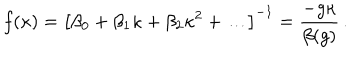
f ( \kappa ) = \left[ \beta _ { 0 } + \beta _ { 1 } \kappa + \beta _ { 2 } \kappa ^ { 2 } + \ldots \right] ^ { - 1 } = \frac { - g \kappa } { \beta ( g ) } \, .